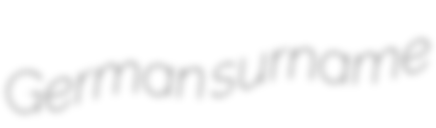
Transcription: German surname